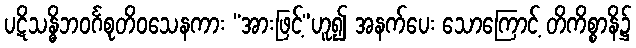
ပဋိသန္ဓိဘဝင်္ဂစုတိဝသေနကား “အားဖြင့်”ဟူ၍ အနက်ပေး သောကြောင့် တိကိစ္စာနိ၌